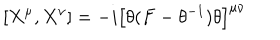
LaTeX: [ X ^ { \mu } , X ^ { \nu } ] = - i \left[ \theta ( F - \theta ^ { - 1 } ) \theta \right] ^ { \mu \nu }